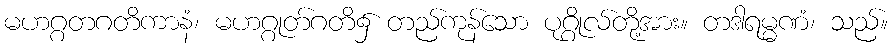
မဟဂ္ဂတဂတိကာနံ၊ မဟဂ္ဂုတ်ဂတိ၌ တည်ကုန်သော ပုဂ္ဂိုလ်တို့အား။ တဒါရမ္မဏံ၊ သည်။